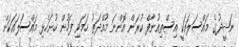
ނަޝީދުގެ މައްސަލައަކީ އިސްތިއުނާފް ކުރަން އޮންނަ މުއްދަތު ހަމަވި ފަހުން ހުށަހެޅި މައްސަލައަކަށް